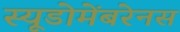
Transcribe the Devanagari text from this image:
स्यूडोमेंबरेनस